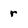
Character: r